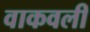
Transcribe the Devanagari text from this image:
वाकवली